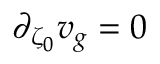
\partial _ { \zeta _ { 0 } } v _ { g } = 0